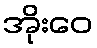
အိုးဝေ